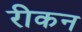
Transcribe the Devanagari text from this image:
रीकन